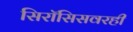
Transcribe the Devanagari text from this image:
सिरॉसिसवरही